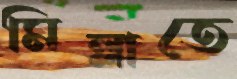
মিল্লাতে